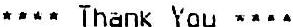
**** THANK YOU ****